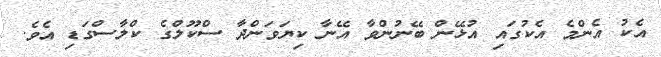
އެކު އެންމެ އެކުގައި އުޅޭން ބޭނުންވާ އޭނާ ކިޔަވަންދާ ސްކޫލްގެ ކްލާސްގަޑި އެވެ.